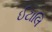
ઈટાલિ